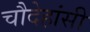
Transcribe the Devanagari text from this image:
चौदेहांसी